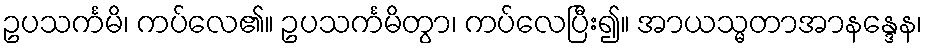
ဥပသင်္ကမိ၊ ကပ်လေ၏။ ဥပသင်္ကမိတွာ၊ ကပ်လေပြီး၍။ အာယသ္မတာအာနန္ဒေန၊